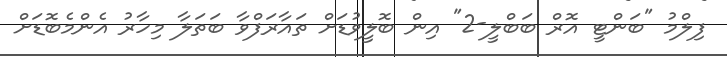
ފިލްމު "ބަންޓީ އޮރް ބަބްލީ-2" އިން ބޮލީވުޑަށް ތައާރަފްވާ ބަތަލާ މިހާރު އެންމެބޮޑަށް